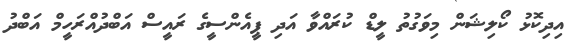
އިދިކޮޅު ކޯލިޝަން މިވަގުތު ލީޑް ކުރައްވާ އަދި ޕީއެންސީގެ ރައީސް އަބްދުއްރަހީމް އަބްދު